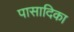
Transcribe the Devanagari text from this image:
पासादिका